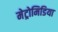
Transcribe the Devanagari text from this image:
मेट्रोमिडिया